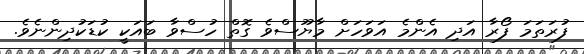
ފުރަތަމަ ފޯރާ އަދި އެންމެ އަވަހަށް މާޔޫސްވެ ގޮތް ހުސްވާ ބައަކީ ކުޑަކުދިންނެވެ.